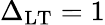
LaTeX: \Delta_{\textup{LT}}=1